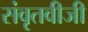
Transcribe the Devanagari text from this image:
संवृतवीजी